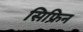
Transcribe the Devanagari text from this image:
सिफ्रिन